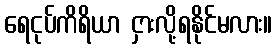
ရေငုပ်ကိရိယာ ငှားလို့ရနိုင်မလား။